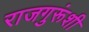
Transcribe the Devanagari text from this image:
राजगुरूंशी